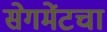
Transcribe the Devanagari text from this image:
सेगमेंटचा